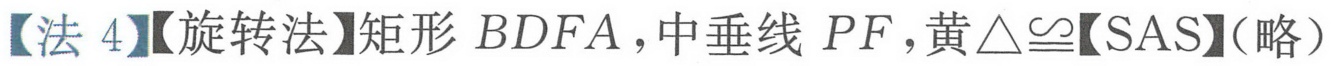
【法4】【旋转法】矩形 \(BDFA\)，中垂线 \(PF\)，黄\(\triangle\cong\)【SAS】（略）